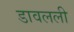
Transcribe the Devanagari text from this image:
डावलली